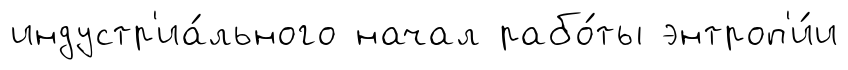
индустр'иа́льного начал рабо́ты энтроп'и́и